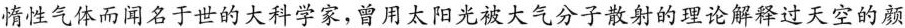
惰性气体而闻名于世的大科学家，曾用太阳光被大气分子散射的理论解过天空的颜